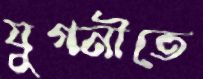
যুগনীতে